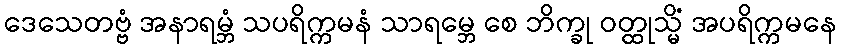
ဒေသေတဗ္ဗံ အနာရမ္ဘံ သပရိက္ကမနံ သာရမ္ဘေ စေ ဘိက္ခု ဝတ္ထုသ္မိံ အပရိက္ကမနေ